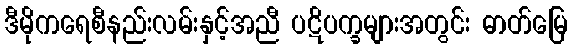
ဒီမိုကရေစီနည်းလမ်းနှင့်အညီ ပဋိပက္ခများအတွင်း ဓာတ်မြေ